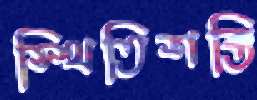
স্থিতিশক্তি